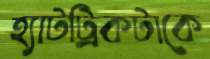
হ্যাটট্রিকটাকে